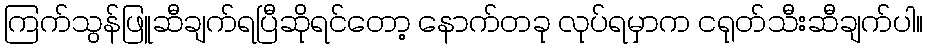
ကြက်သွန်ဖြူဆီချက်ရပြီဆိုရင်တော့ နောက်တခု လုပ်ရမှာက ငရုတ်သီးဆီချက်ပါ။